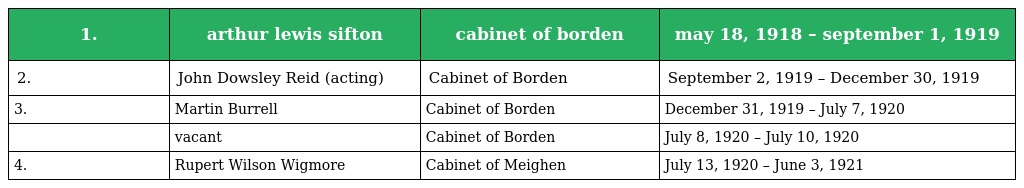
| 1. | arthur lewis sifton | cabinet of borden | may 18, 1918 – september 1, 1919 |
 | --- | --- | --- | --- |
 | 2. | John Dowsley Reid (acting) | Cabinet of Borden | September 2, 1919 – December 30, 1919 |
 | 3. | Martin Burrell | Cabinet of Borden | December 31, 1919 – July 7, 1920 |
 |  | vacant | Cabinet of Borden | July 8, 1920 – July 10, 1920 |
 | 4. | Rupert Wilson Wigmore | Cabinet of Meighen | July 13, 1920 – June 3, 1921 |